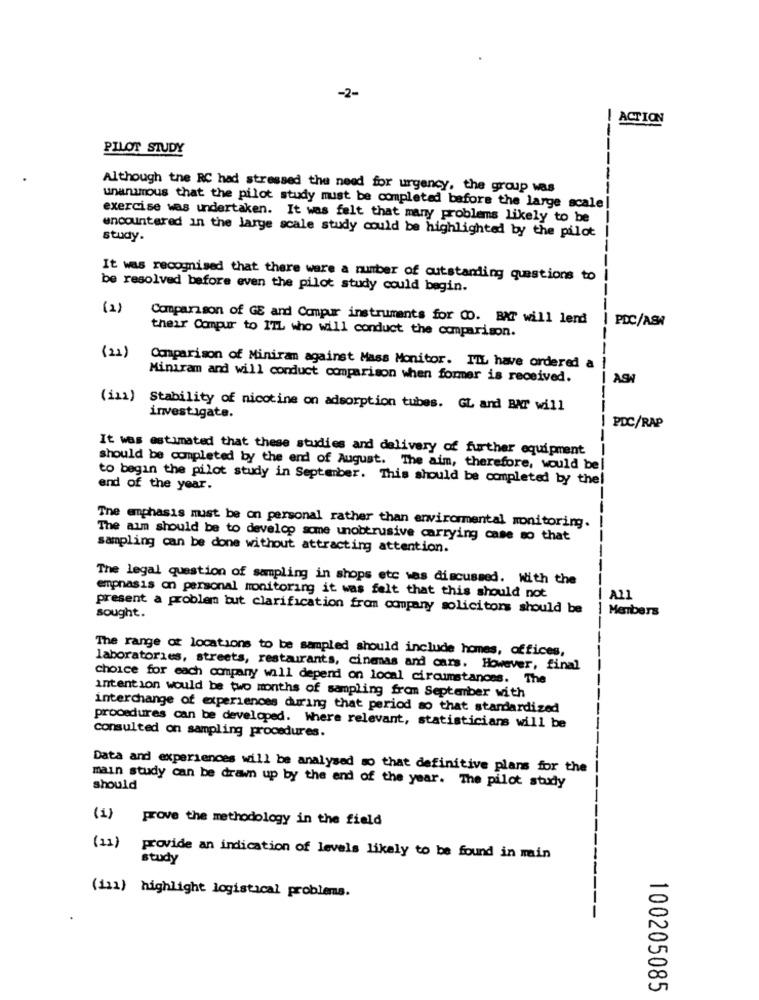
-2-
! ACTION
PILOT STUDY
---
Although the RC had stressed the need for urgency, the group was
unanimous that the pilot study must be completed before the large scale!
exercise was undertaken. It was felt that many problems likely to be
encountered in the large scale study could be highlighted by the pilot
study.
It was recognised that there were a number of outstanding questions to
be resolved before even the pilot study could begin.
(2)
Comparison of GE and Compur instruments for 00. BXT will lend
PDC/ASN
their Compur to ITL who will conduct the comparison.
(21)
Comparison of Miniran against Mass Monitor. TIL have ordered a
Miniram and will conduct comparison when former is received.
I AS
(iii) Stability of nicotine on adsorption tubes. GL and BAT will
investigate.
PDC/RAP
It was estimated that these studies and delivery of further equipment
should be completed by the end of August. The aim, therefore, would be|
to begin the pilot study in September. This should be completed by the!
end of the year.
The emphasis must be on personal rather than environmental monitoring.
The aim should be to develop some unobtrusive carrying case so that
sampling can be done without attracting attention.
The legal question of sampling in shops etc was discussed. With the
emphasis on personal monitoring it was felt that this should not
A11
present a problem but clarification from company solicitors should be
Menbers
sought.
The range of locations to be sampled should include homes, offices,
laboratories, streets, restaurants, cinemas and cars. However, final
choice for each company will depend on local circumstances. The
intention would be two months of sampling from September with
interchange of experiences during that period so that standardized
procedures can be developed. Where relevant, statisticians will be
consulted on sampling procedures.
Data and experiences will be analysed so that definitive plans for the
should
main study can be drawn up by the end of the year. The pilot study
(1)
prove the methodology in the field
(11)
provide an indication of levels likely to be found in main
study
(111) highlight logistical problems.
100205085